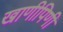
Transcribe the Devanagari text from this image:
खाणीपिणी